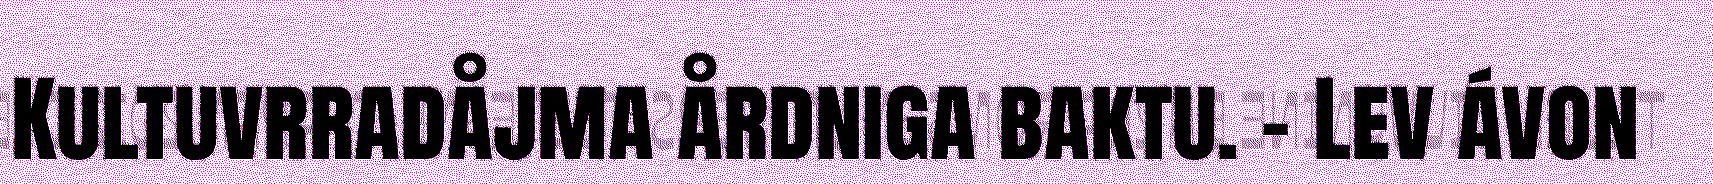
Kultuvrradåjma årdniga baktu. – Lev ávon